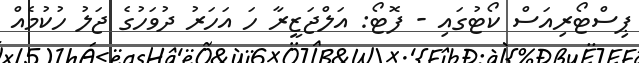
ޕިސްޓޯރިއަސް ކޯޓުގައި - ފޮޓޯ: އަލްޖަޒީރާ ހަ އަހަރު ދުވަހުގެ ޖަލު ހުކުމެއް